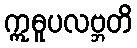
ဣဓူပလဗ္ဘတိ